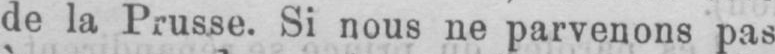
de la Prusse. Si nous ne parvenons pas